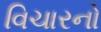
વિચારનો